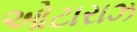
ઓટારાઝ